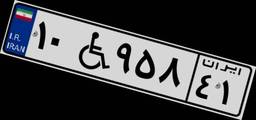
۱۰W۹۵۸۴۱